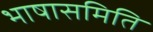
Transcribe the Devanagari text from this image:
भाषासमिति